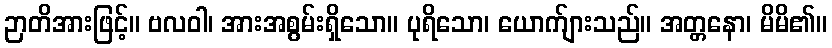
ဉာတိအားဖြင့်။ ဗလဝါ၊ အားအစွမ်းရှိသော။ ပုရိသော၊ ယောက်ျားသည်။ အတ္တနော၊ မိမိ၏။